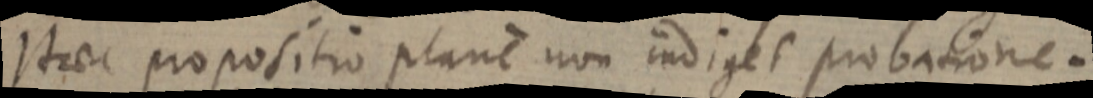
Haec propositio plane non indiget probatione.